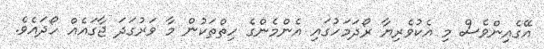
އޭގެއިންވެސް މި އެކުވެރިޔާ ރޯދަމަހުގައި އެންމެންގެ ހިތްތަކުން މާ ވަރުގަދަ ޖާގައެއް ހޯދައެވެ.